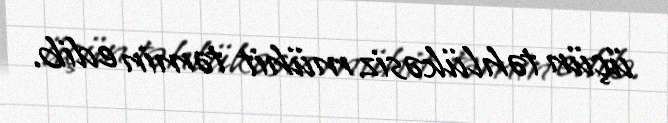
üçün təhlükəsiz mühit təmin edib.